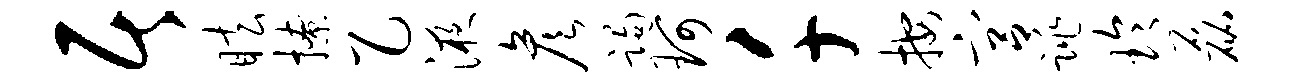
居眩撩乙液彦躅珂千按宫跳玲磊